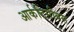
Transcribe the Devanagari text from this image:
आर्कटिसीबस